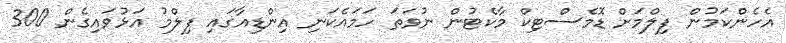
އެހެންކަމުން ފިލްމަށް ޑޮމެސްޓިކް މާކެޓުން ނުވަތަ ހަމައެކަނި އިންޑިއާގައި ފިލްމު އަޅުވައިގެން 300